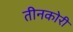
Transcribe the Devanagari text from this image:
तीनकोरी